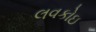
લવકોઇ